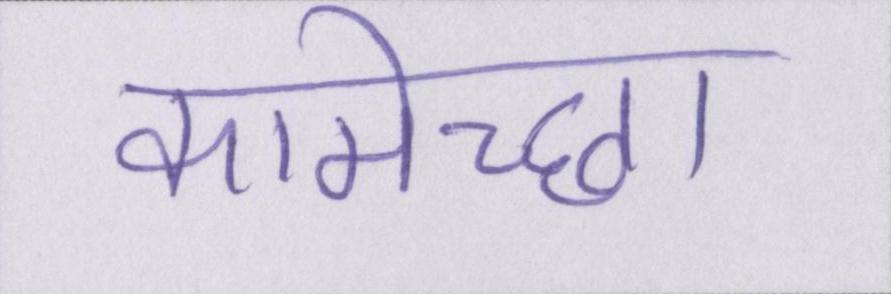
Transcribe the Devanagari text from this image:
कामेच्छा